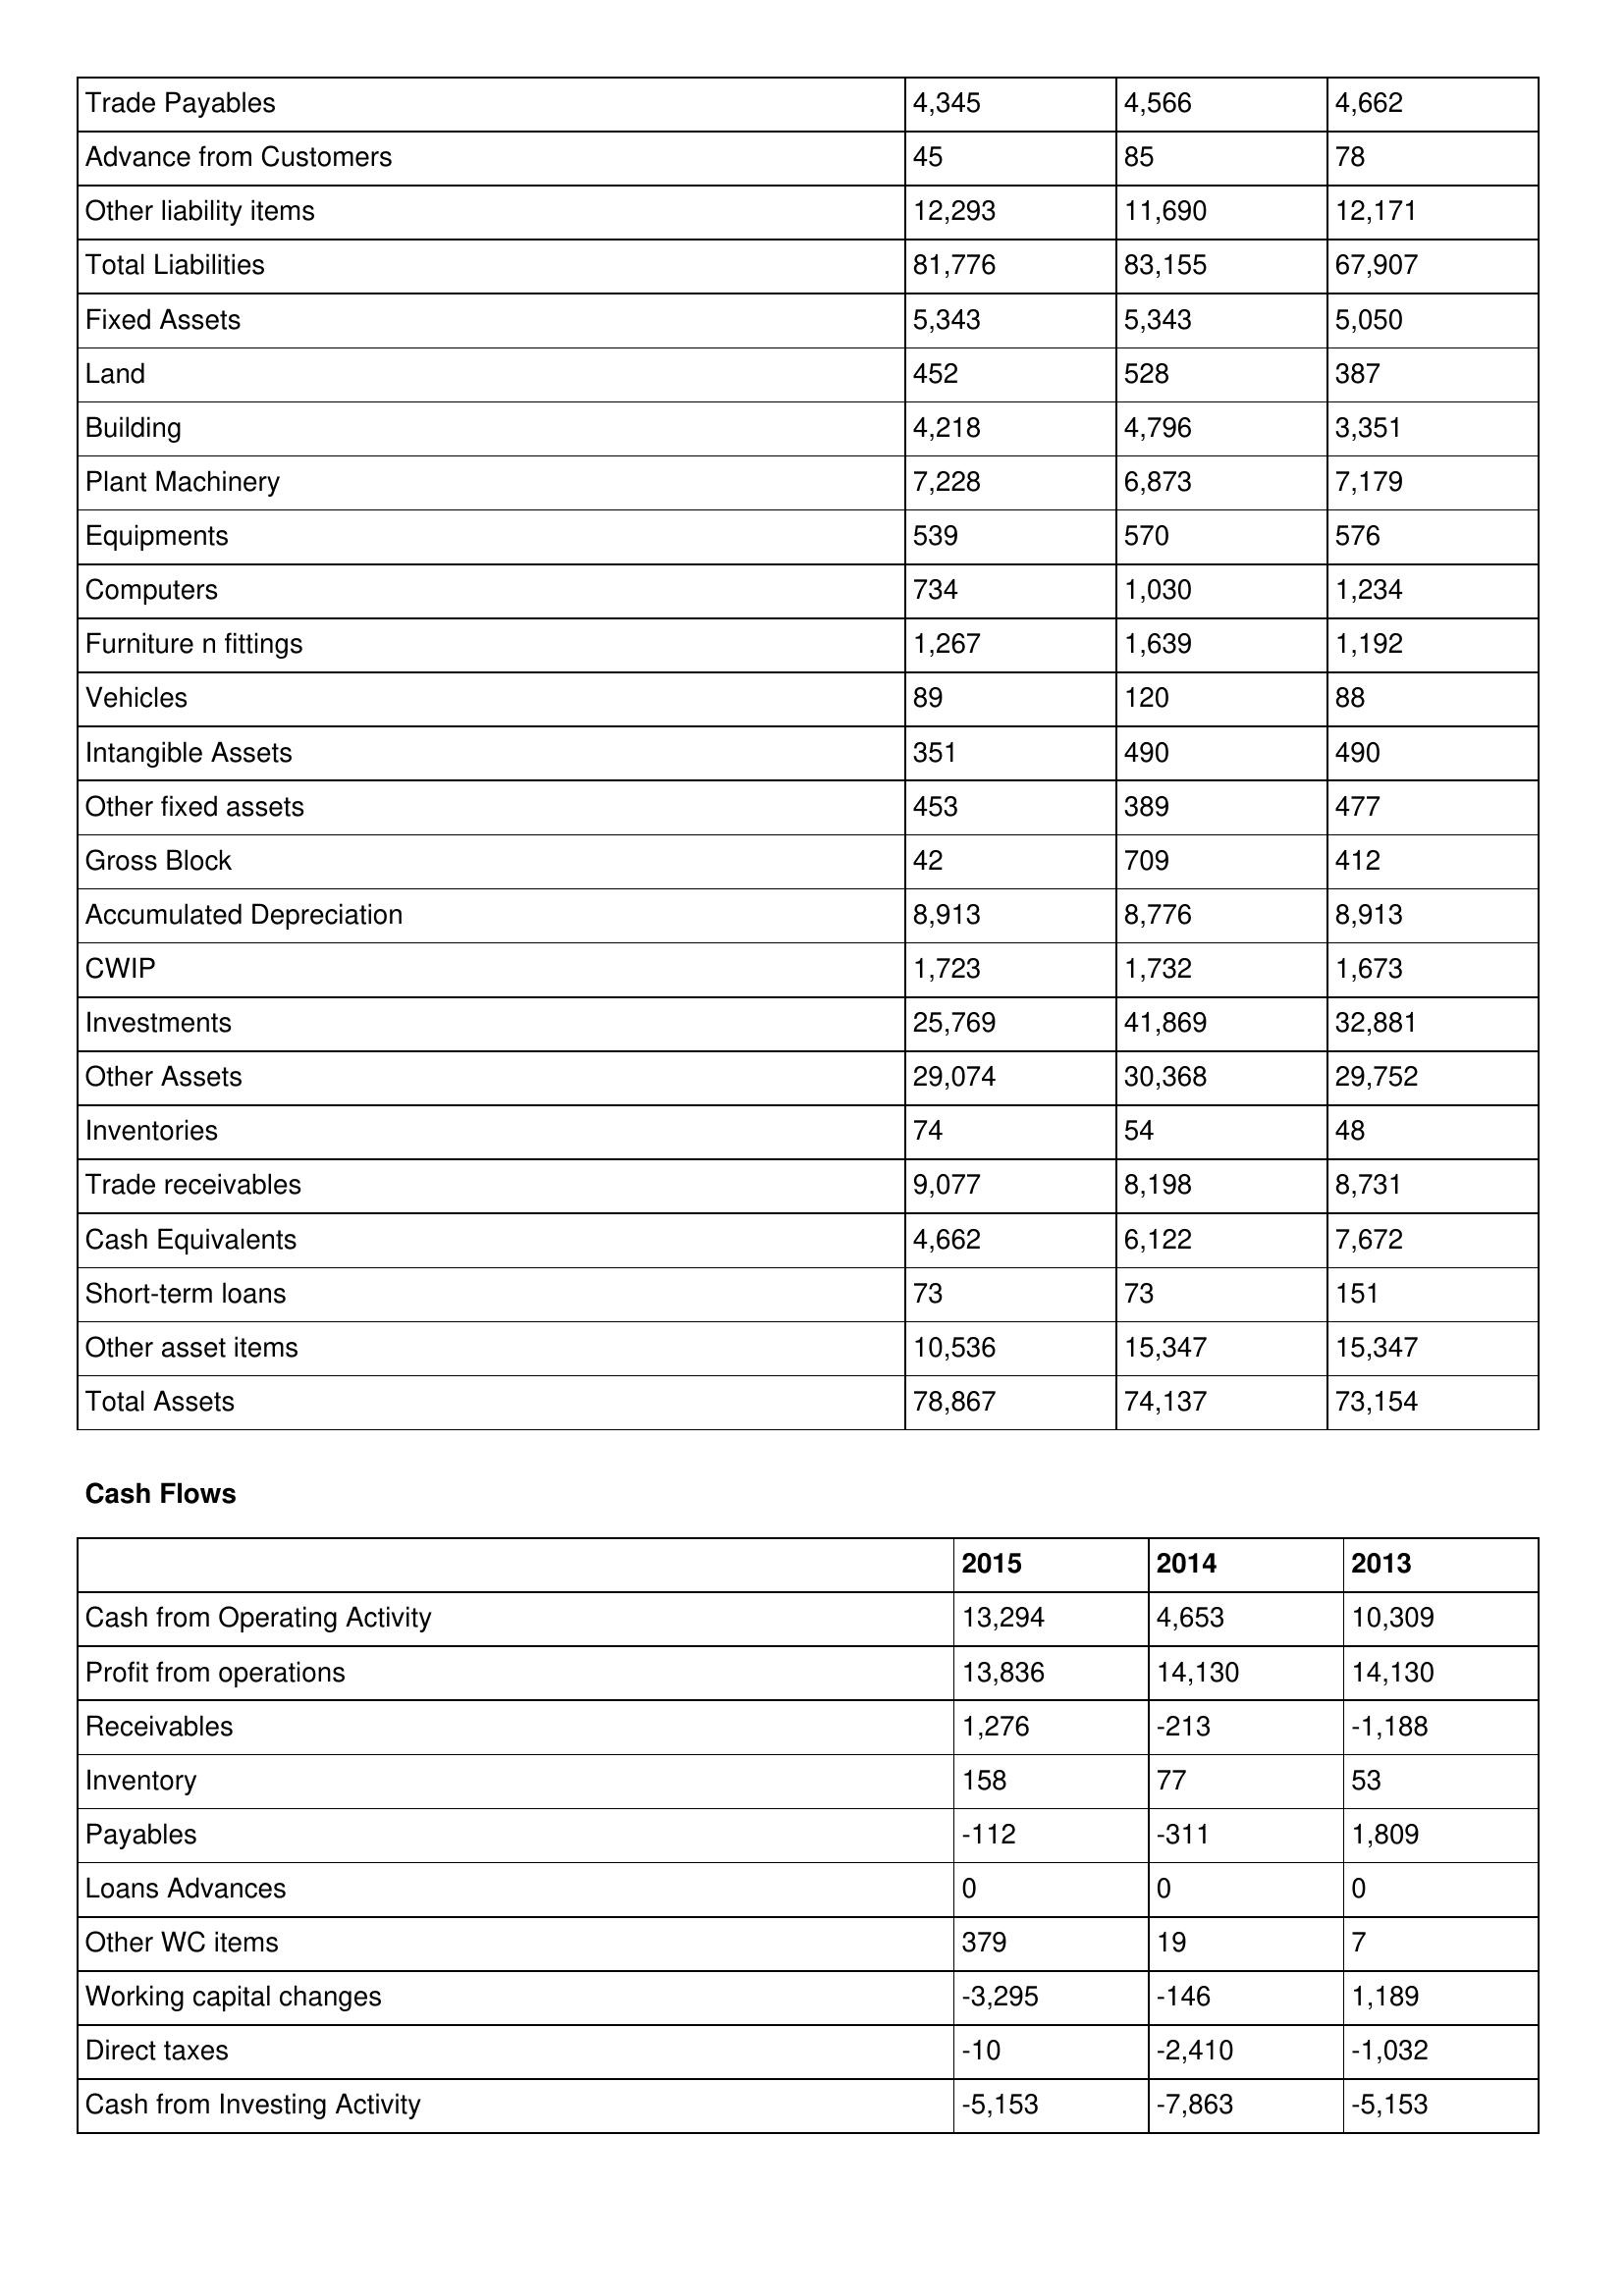
gt_parse: 2015: Balance Sheet: Trade Payables: 4,345
Advance from Customers: 45
Other liability items: 12,293
Total Liabilities: 81,776
Fixed Assets: 5,343
Land: 452
Building: 4,218
Plant Machinery: 7,228
Equipments: 539
Computers: 734
Furniture n fittings: 1,267
Vehicles: 89
Intangible Assets: 351
Other fixed assets: 453
Gross Block: 42
Accumulated Depreciation: 8,913
CWIP: 1,723
Investments: 25,769
Other Assets: 29,074
Inventories: 74
Trade receivables: 9,077
Cash Equivalents: 4,662
Short-term loans: 73
Other asset items: 10,536
Total Assets: 78,867
Cash Flows: Cash from Operating Activity: 13,294
Profit from operations: 13,836
Receivables: 1,276
Inventory: 158
Payables: -112
Loans Advances: 0
Other WC items: 379
Working capital changes: -3,295
Direct taxes: -10
Cash from Investing Activity: -5,153
2014: Balance Sheet: Trade Payables: 4,566
Advance from Customers: 85
Other liability items: 11,690
Total Liabilities: 83,155
Fixed Assets: 5,343
Land: 528
Building: 4,796
Plant Machinery: 6,873
Equipments: 570
Computers: 1,030
Furniture n fittings: 1,639
Vehicles: 120
Intangible Assets: 490
Other fixed assets: 389
Gross Block: 709
Accumulated Depreciation: 8,776
CWIP: 1,732
Investments: 41,869
Other Assets: 30,368
Inventories: 54
Trade receivables: 8,198
Cash Equivalents: 6,122
Short-term loans: 73
Other asset items: 15,347
Total Assets: 74,137
Cash Flows: Cash from Operating Activity: 4,653
Profit from operations: 14,130
Receivables: -213
Inventory: 77
Payables: -311
Loans Advances: 0
Other WC items: 19
Working capital changes: -146
Direct taxes: -2,410
Cash from Investing Activity: -7,863
2013: Balance Sheet: Trade Payables: 4,662
Advance from Customers: 78
Other liability items: 12,171
Total Liabilities: 67,907
Fixed Assets: 5,050
Land: 387
Building: 3,351
Plant Machinery: 7,179
Equipments: 576
Computers: 1,234
Furniture n fittings: 1,192
Vehicles: 88
Intangible Assets: 490
Other fixed assets: 477
Gross Block: 412
Accumulated Depreciation: 8,913
CWIP: 1,673
Investments: 32,881
Other Assets: 29,752
Inventories: 48
Trade receivables: 8,731
Cash Equivalents: 7,672
Short-term loans: 151
Other asset items: 15,347
Total Assets: 73,154
Cash Flows: Cash from Operating Activity: 10,309
Profit from operations: 14,130
Receivables: -1,188
Inventory: 53
Payables: 1,809
Loans Advances: 0
Other WC items: 7
Working capital changes: 1,189
Direct taxes: -1,032
Cash from Investing Activity: -5,153